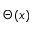
\Theta ( x )